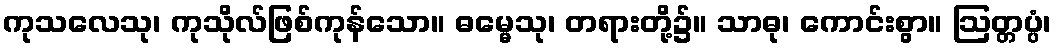
ကုသလေသု၊ ကုသိုလ်ဖြစ်ကုန်သော။ ဓမ္မေသု၊ တရားတို့၌။ သာဓု၊ ကောင်းစွာ။ ဩတ္တပ္ပံ၊